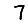
Digit: 7